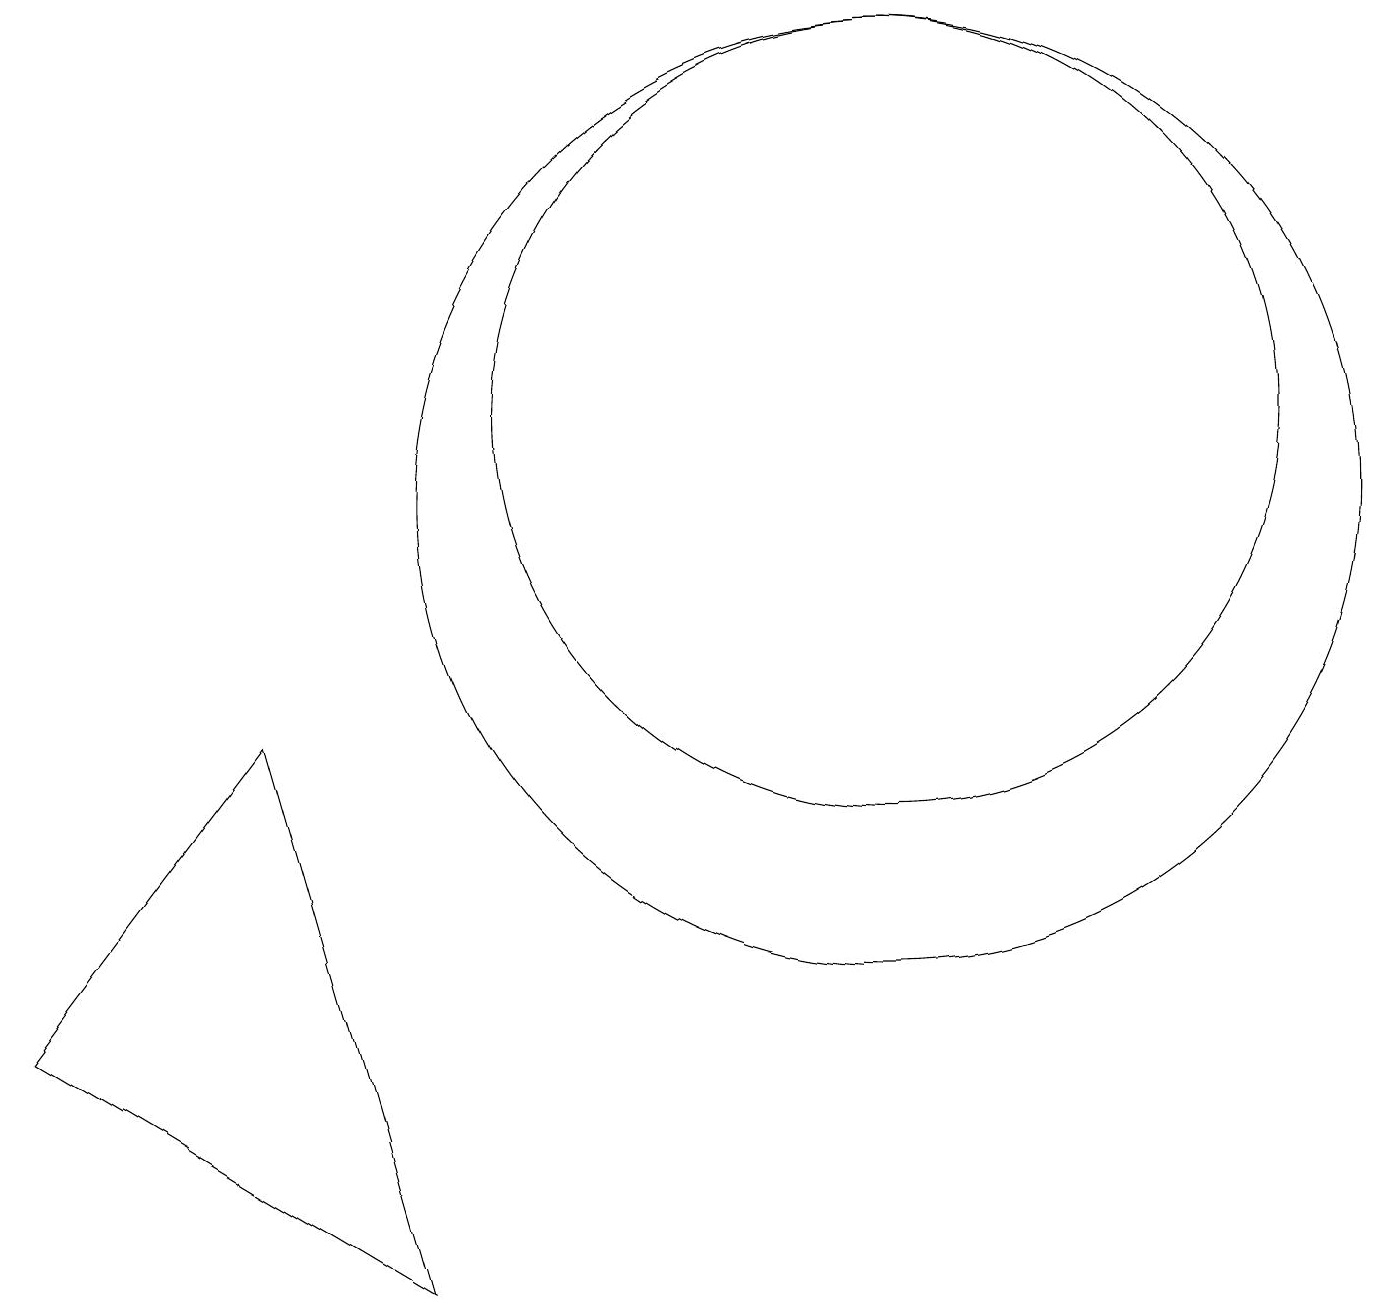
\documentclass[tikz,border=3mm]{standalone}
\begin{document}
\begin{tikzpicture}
\draw (11,11) circle (5);
\draw (0,3) -- (5,0) -- (3,7) -- cycle;
\draw (11,10) circle (6);
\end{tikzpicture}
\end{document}